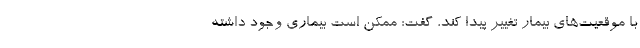
با موقعیت‌های بیمار تغییر پیدا کند، گفت: ممکن است بیماری وجود داشته